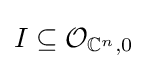
I\subseteq {\mathcal {O}}_{\mathbb {C} ^{n},0}